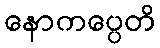
နောကပ္ပေတိ